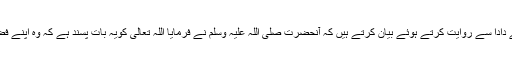
’’ حضرت عمرو بن شعیب ؓ اپنے باپ اور وہ اپنے دادا سے روایت کرتے ہوئے بیان کرتے ہیں کہ آنحضرت صلی اللہ علیہ وسلم نے فرمایا اللہ تعالیٰ کویہ بات پسند ہے کہ وہ اپنے فضل اور اپنی نعمت کا اثر اپنے بندے پر دیکھے‘‘۔